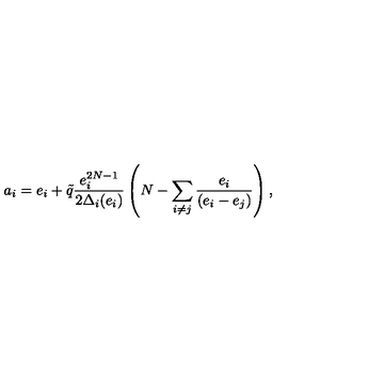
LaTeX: a _ { i } = e _ { i } + \tilde { q } \frac { e _ { i } ^ { 2 N - 1 } } { 2 \Delta _ { i } ( e _ { i } ) } \left( N - \sum _ { i \neq j } \frac { e _ { i } } { ( e _ { i } - e _ { j } ) } \right) ,